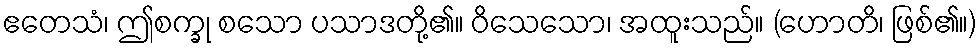
ဧတေသံ၊ ဤစက္ခု စသော ပသာဒတို့၏။ ဝိသေသော၊ အထူးသည်။ (ဟောတိ၊ ဖြစ်၏။)